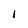
Character: I